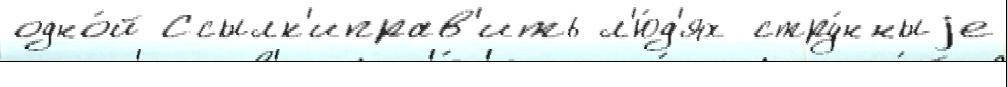
одно́й Ссылк'иправ'ить л'ю́д'ях стру́нныjе